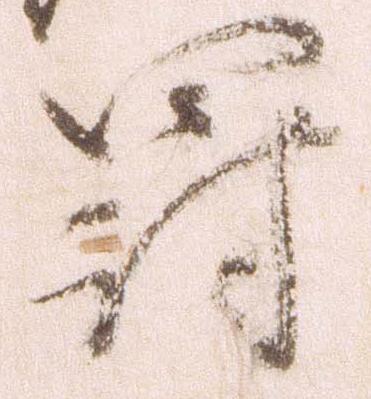
罰